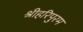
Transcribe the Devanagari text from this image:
श्रीहरिपुरम